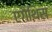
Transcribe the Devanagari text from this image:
एगैथिस